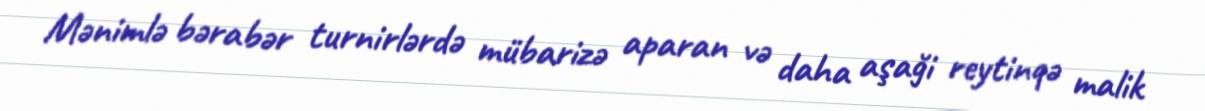
Mənimlə bərabər turnirlərdə mübarizə aparan və daha aşaği reytinqə malik